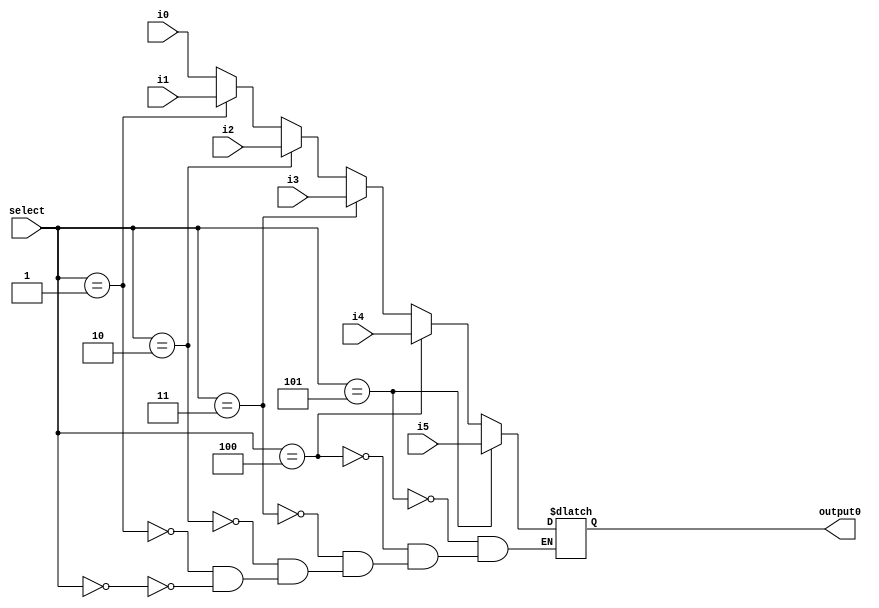
module mult3_32_1(output0, i0, i1, i2, i3, i4, i5, select);
output [31:0] output0;
input [31:0]i0,i1, i2, i3, i4, i5;
input [2:0] select;
reg [31:0] temp;
always @*
begin
  if(select == 3'b000)  temp = i0;     //select for normal writedata input
  if(select == 3'b001)  temp = i1;     //select for sll instruction
  if(select == 3'b010)  temp = i2;     //select for ori instruction
  if(select == 3'b011)  temp = i3;     //select for jmsub instruction
  if(select == 3'b100)  temp = i4;     //select for bneal instruction
  if(select == 3'b101)  temp = i5;     //select for balrn instruction
end
  assign output0 = temp;
endmodule